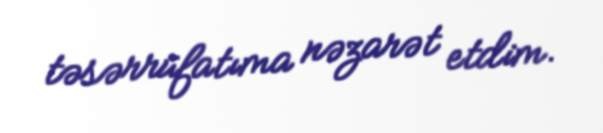
təsərrüfatıma nəzarət etdim.